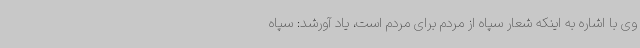
وی با اشاره به اینکه شعار سپاه از مردم برای مردم است، یاد آورشد: سپاه